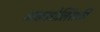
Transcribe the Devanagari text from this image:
अकमोलिंसकी